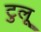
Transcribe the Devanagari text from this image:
टुलू